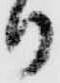
り